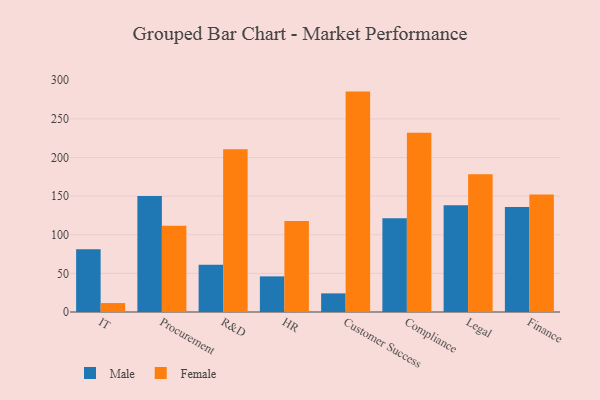
{"axis": {"x": "Department", "y": "Waste Production (Tons)"}, "legend": ["Female", "Male"], "data": [{"x": "IT", "y": 81.3, "type": "Male"}, {"x": "IT", "y": 11.6, "type": "Female"}, {"x": "Procurement", "y": 150.2, "type": "Male"}, {"x": "Procurement", "y": 111.7, "type": "Female"}, {"x": "R&D", "y": 61.2, "type": "Male"}, {"x": "R&D", "y": 210.7, "type": "Female"}, {"x": "HR", "y": 46.1, "type": "Male"}, {"x": "HR", "y": 117.7, "type": "Female"}, {"x": "Customer Success", "y": 24.1, "type": "Male"}, {"x": "Customer Success", "y": 285.3, "type": "Female"}, {"x": "Compliance", "y": 121.2, "type": "Male"}, {"x": "Compliance", "y": 232.0, "type": "Female"}, {"x": "Legal", "y": 138.3, "type": "Male"}, {"x": "Legal", "y": 178.3, "type": "Female"}, {"x": "Finance", "y": 135.9, "type": "Male"}, {"x": "Finance", "y": 152.0, "type": "Female"}]}